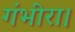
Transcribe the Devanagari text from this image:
गंभीरा।